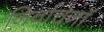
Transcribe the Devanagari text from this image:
निर्वाचनॉ